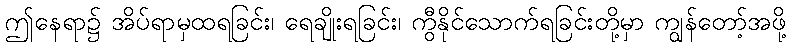
ဤနေရာ၌ အိပ်ရာမှထရခြင်း၊ ရေချိုးရခြင်း၊ ကွီနိုင်သောက်ရခြင်းတို့မှာ ကျွန်တော့်အဖို့